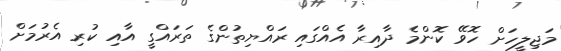
މަޖިލީހަށް ހޮވޭ ކޮންމެ ދާއިރާ އެއްގައި ރައްޔިތުންގެ ތަރައްގީ އާއި ކުރި އެރުމަށް